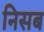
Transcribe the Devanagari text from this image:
निसब